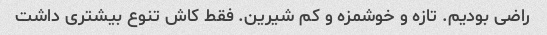
راضی بودیم. تازه و خوشمزه و کم شیرین. فقط کاش تنوع بیشتری داشت